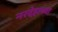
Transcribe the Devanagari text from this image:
नरदेहाच्या